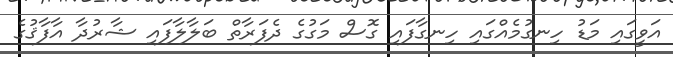
އަވީގައި މަޑު ހިނގުމެއްގައި ހިނގާފައި ގޮސް މަގުގެ ދެފަރާތް ބަލާލާފައި ޝާރުދާ އާފާޤުގެ